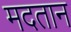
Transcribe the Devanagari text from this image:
मदतान